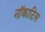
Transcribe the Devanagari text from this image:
नॉक्राटिस